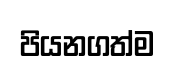
පියනගත්ම